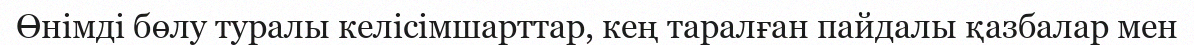
Өнімді бөлу туралы келісімшарттар, кең таралған пайдалы қазбалар мен